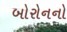
બોરોનનો